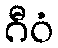
ဂီဝံ